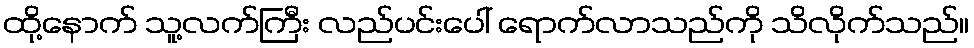
ထို့နောက် သူ့လက်ကြီး လည်ပင်းပေါ် ရောက်လာသည်ကို သိလိုက်သည်။